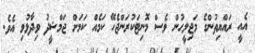
އެއީ ރައްޔިތުންގެ މަޖިލީހުން ވެސް މޮނިޓަކުރަންޖެހޭ ކަމެއް ކަމަށް ޖަމްޝީދު ވިދާޅުވި އެވެ.